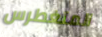
المتغطرس